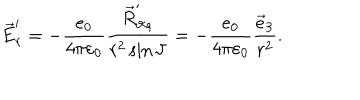
LaTeX: \vec { E } _ { r } ^ { \prime } = - \frac { e _ { 0 } } { 4 \pi \varepsilon _ { 0 } } \frac { \vec { R } _ { \vartheta \varphi } ^ { \prime } } { r ^ { 2 } \sin \vartheta } = - \frac { e _ { 0 } } { 4 \pi \varepsilon _ { 0 } } \frac { \vec { e } _ { 3 } } { r ^ { 2 } } .